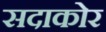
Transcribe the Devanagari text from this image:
सदाकोर